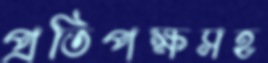
প্রতিপক্ষসহ